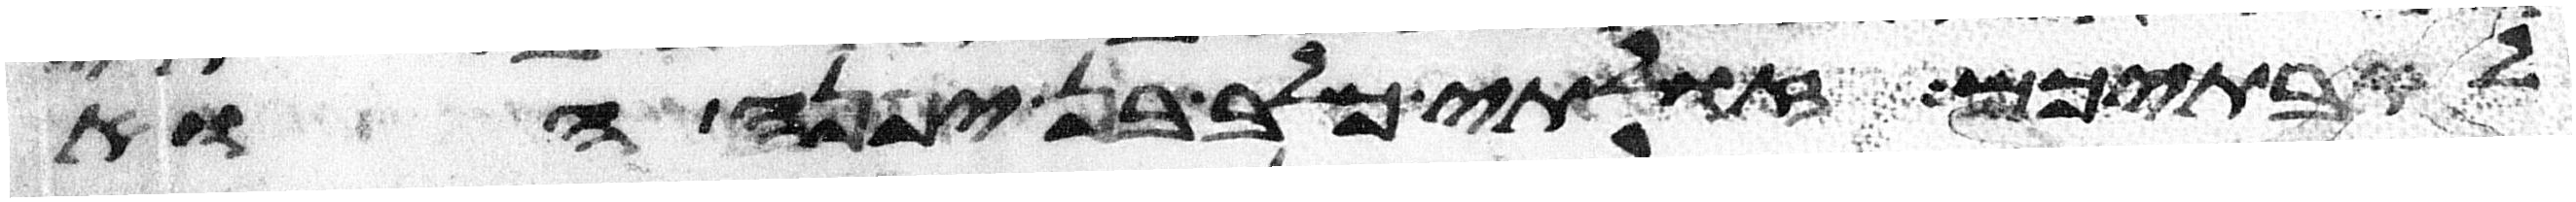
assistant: לאבתיכם זולתי כלב בן יפנה הוא